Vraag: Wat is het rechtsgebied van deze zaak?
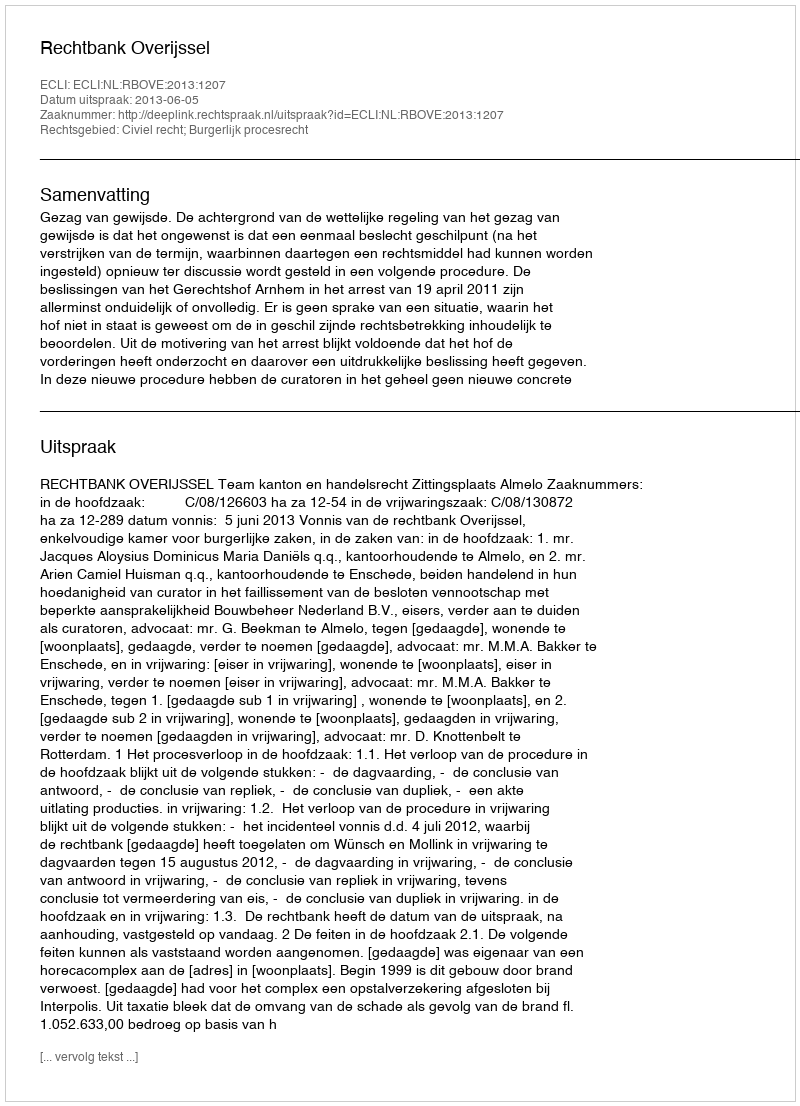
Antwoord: Civiel recht; Burgerlijk procesrecht